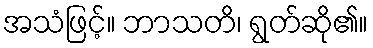
အသံဖြင့်။ ဘာသတိ၊ ရွတ်ဆို၏။